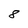
Character: 8